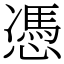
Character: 憑